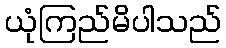
ယုံကြည်မိပါသည်